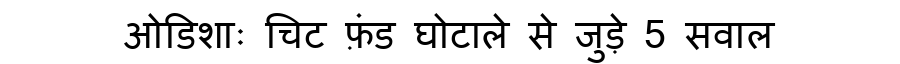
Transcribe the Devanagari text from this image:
ओडिशाः चिट फ़ंड घोटाले से जुड़े 5 सवाल